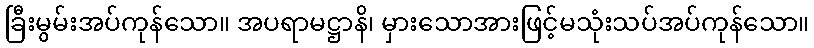
ခြီးမွမ်းအပ်ကုန်သော။ အပရာမဋ္ဌာနိ၊ မှားသောအားဖြင့်မသုံးသပ်အပ်ကုန်သော။